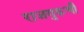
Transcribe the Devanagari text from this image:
राजगुरूची